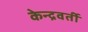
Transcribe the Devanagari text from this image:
केन्द्रवर्ती